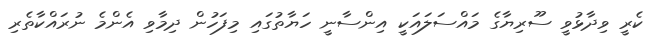
ކެރީ ވިދާޅުވީ ސޫރިޔާގެ މައްސަލައަކީ އިންސާނީ ހަޔާތުގައި މިފަހުން ދިމާވި އެންމެ ނުރައްކާތެރި